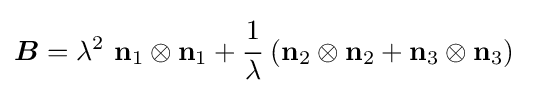
{\boldsymbol {B}}=\lambda ^{2}~\mathbf {n} _{1}\otimes \mathbf {n} _{1}+{\cfrac {1}{\lambda }}~(\mathbf {n} _{2}\otimes \mathbf {n} _{2}+\mathbf {n} _{3}\otimes \mathbf {n} _{3})~